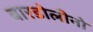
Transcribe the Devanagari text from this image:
बारडोलीनो